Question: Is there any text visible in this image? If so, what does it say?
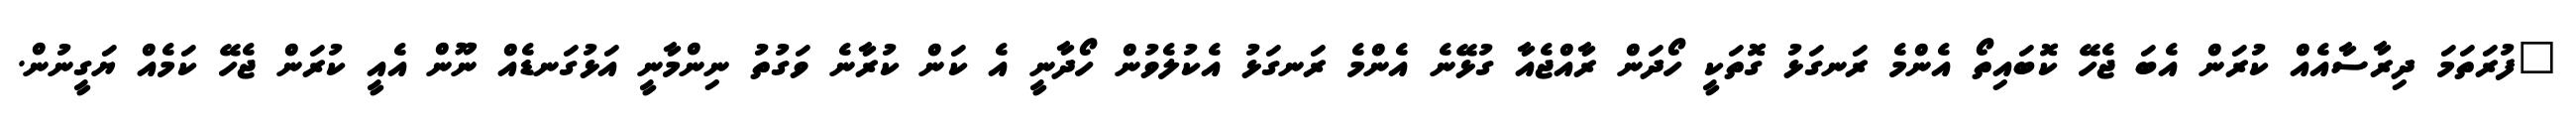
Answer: "ފުރަތަމަ ދިރާސާއެއް ކުރަން އެބަ ޖެހޭ ކޮބައިތޯ އެންމެ ރަނގަޅު ގޮތަކީ ހޯދަން ރާއްޖެއާ ގުޅޭނެ އެންމެ ރަނގަޅު އެކުލެވުން ހޯދާނީ އެ ކަން ކުރާނެ ވަގުތު ނިންމާނީ އަޅުގަނޑެއް ނޫން އެއީ ކުރަން ޖެހޭ ކަމެއް ޔަގީނުން.